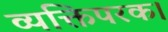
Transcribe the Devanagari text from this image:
व्यक्तिपरक।